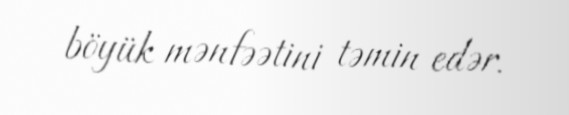
böyük mənfəətini təmin edər.